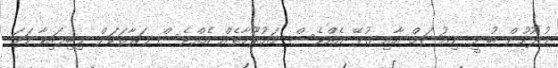
ފުލުހުން ބުނީ ނިއުޝަމް އާއި ގުޅޭ އެއްވެސް މައުލޫމާތެއް އެއްވެސް ފަރާތަކަށް ލިބިފައިވާނަަމަ